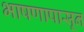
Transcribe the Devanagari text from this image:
भाषणापासून